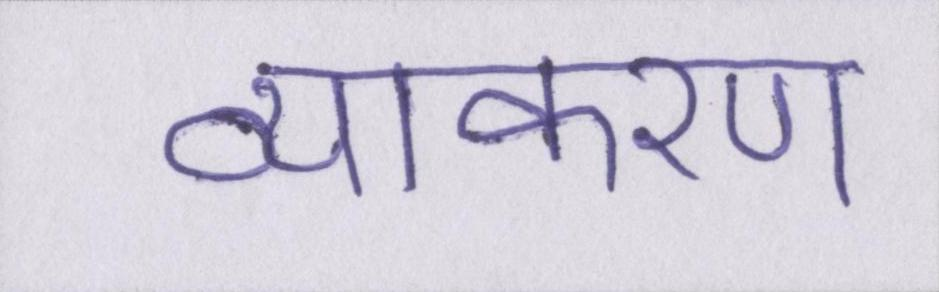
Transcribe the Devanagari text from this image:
व्याकरण